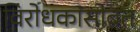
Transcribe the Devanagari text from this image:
विरोधकांसोबत